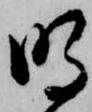
明